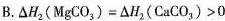
B.$$\Delta H_{2}(MgCO_{3})=\Delta H_{2}(CaCO_{3})>0$$